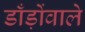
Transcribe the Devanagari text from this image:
डाँड़ोंवाले